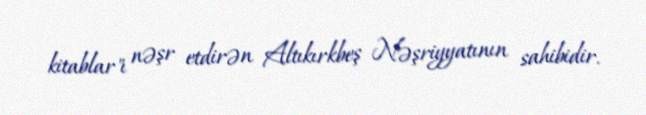
kitablar"ı nəşr etdirən Altıkırkbeş Nəşriyyatının sahibidir.